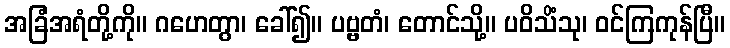
အခြံအရံတို့ကို။ ဂဟေတွာ၊ ခေါ်၍။ ပဗ္ဗတံ၊ တောင်သို့။ ပဝိသိံသု၊ ဝင်ကြကုန်ပြီ။